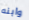
وابنه